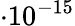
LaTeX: \cdot 10^{-15}